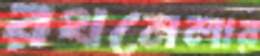
রথমেলার